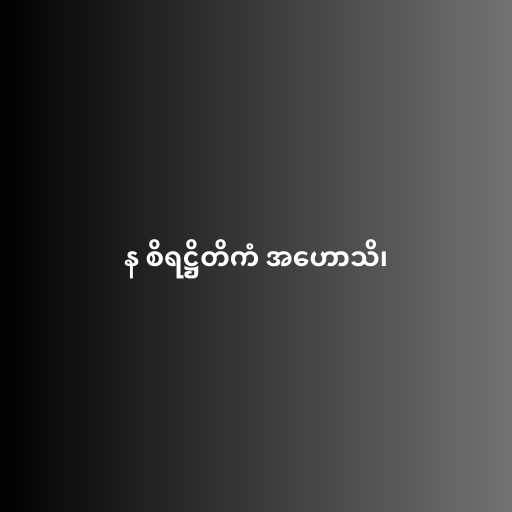
န စိရဋ္ဌိတိကံ အဟောသိ၊